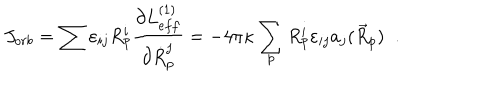
LaTeX: J _ { o r b } = \sum \varepsilon _ { i j } R _ { p } ^ { i } \frac { \partial L _ { e f f } ^ { ( 1 ) } } { \partial \dot { R } _ { p } ^ { j } } = - 4 \pi \kappa \sum _ { p } R _ { p } ^ { i } \varepsilon _ { i j } a _ { j } ( \vec { R } _ { p } ) \; \; .